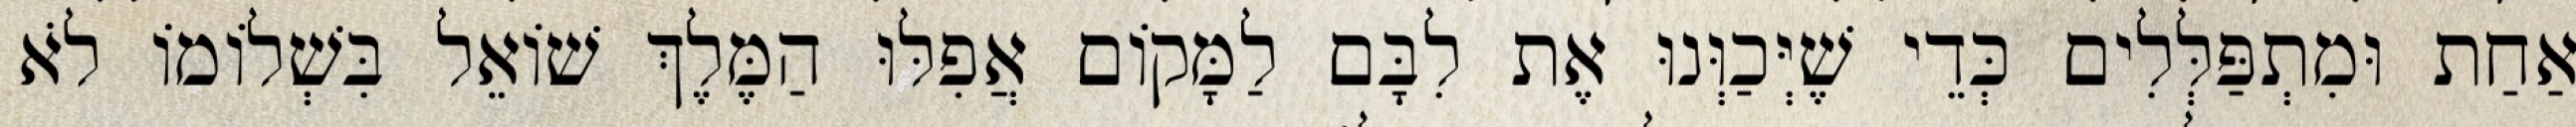
אַחַת וּמִתְפַּלְּלִים כְּדֵי שֶׁיְּכַוְּנוּ אֶת לִבָּם לַמָּקוֹם אֲפִלּוּ הַמֶּלֶךְ שׁוֹאֵל בִּשְׁלוֹמוֹ לֹא